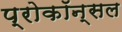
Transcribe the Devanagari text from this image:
प्रोकॉन्सल